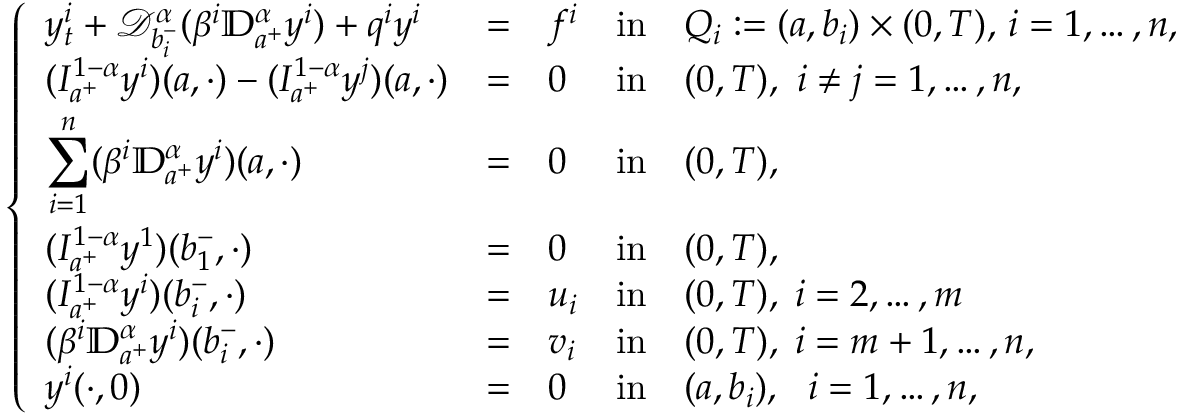
\left\{ \begin{array} { l l l l l l l l l l l l l l l l l } { \displaystyle y _ { t } ^ { i } + \mathcal { D } _ { b _ { i } ^ { - } } ^ { \alpha } ( \beta ^ { i } \mathbb { D } _ { a ^ { + } } ^ { \alpha } y ^ { i } ) + q ^ { i } y ^ { i } } & { = } & { f ^ { i } } & { \mathrm { i n } } & { Q _ { i } : = ( a , b _ { i } ) \times ( 0 , T ) , \, i = 1 , \dots , n , } \\ { \displaystyle ( I _ { a ^ { + } } ^ { 1 - \alpha } y ^ { i } ) ( a , \cdot ) - ( I _ { a ^ { + } } ^ { 1 - \alpha } y ^ { j } ) ( a , \cdot ) } & { = } & { 0 } & { \mathrm { i n } } & { ( 0 , T ) , ~ i \neq j = 1 , \dots , n , } \\ { \displaystyle \sum _ { i = 1 } ^ { n } ( \beta ^ { i } \mathbb { D } _ { a ^ { + } } ^ { \alpha } y ^ { i } ) ( a , \cdot ) } & { = } & { 0 } & { \mathrm { i n } } & { ( 0 , T ) , } \\ { \displaystyle ( I _ { a ^ { + } } ^ { 1 - \alpha } y ^ { 1 } ) ( b _ { 1 } ^ { - } , \cdot ) } & { = } & { 0 } & { \mathrm { i n } } & { ( 0 , T ) , } \\ { \displaystyle ( I _ { a ^ { + } } ^ { 1 - \alpha } y ^ { i } ) ( b _ { i } ^ { - } , \cdot ) } & { = } & { u _ { i } } & { \mathrm { i n } } & { ( 0 , T ) , \; i = 2 , \dots , m } \\ { \displaystyle ( \beta ^ { i } \mathbb { D } _ { a ^ { + } } ^ { \alpha } y ^ { i } ) ( b _ { i } ^ { - } , \cdot ) } & { = } & { v _ { i } } & { \mathrm { i n } } & { ( 0 , T ) , \; i = m + 1 , \dots , n , } \\ { \displaystyle y ^ { i } ( \cdot , 0 ) } & { = } & { 0 } & { \mathrm { i n } } & { ( a , b _ { i } ) , ~ ~ i = 1 , \dots , n , } \end{array} \right.